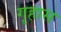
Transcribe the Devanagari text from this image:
गृहास